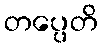
တပ္ပေတိ